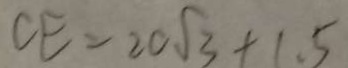
C E = 2 0 \sqrt { 3 } + 1 . 5